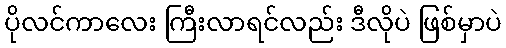
ပိုလင်ကာလေး ကြီးလာရင်လည်း ဒီလိုပဲ ဖြစ်မှာပဲ